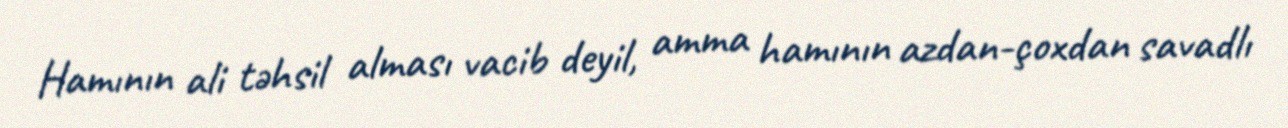
Hamının ali təhsil alması vacib deyil, amma hamının azdan-çoxdan savadlı